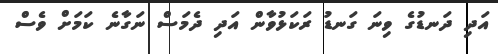
އަދި ދަނޑުގެ ވިނަ ގަނޑު ރަކަޅުވާން އަދި ދެމަސް ނަގާނެ ކަމަށް ވެސް